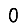
Digit: 0